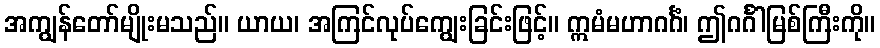
အကျွန်တော်မျိုးမသည်။ ယာယ၊ အကြင်လုပ်ကျွေးခြင်းဖြင့်။ ဣမံမဟာဂင်္ဂံ၊ ဤဂင်္ဂါမြစ်ကြီးကို။